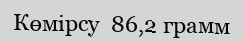
Көмірсу  86,2 грамм